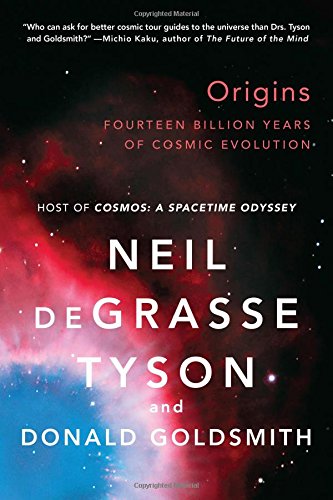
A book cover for Origins: Fourteen Billion Years of Cosmic Evolution; Neil deGrasse Tyson; Science & Math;